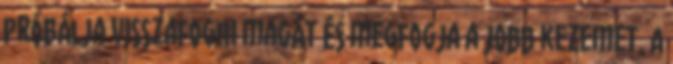
próbálja visszafogni magát és megfogja a jobb kezemet. A